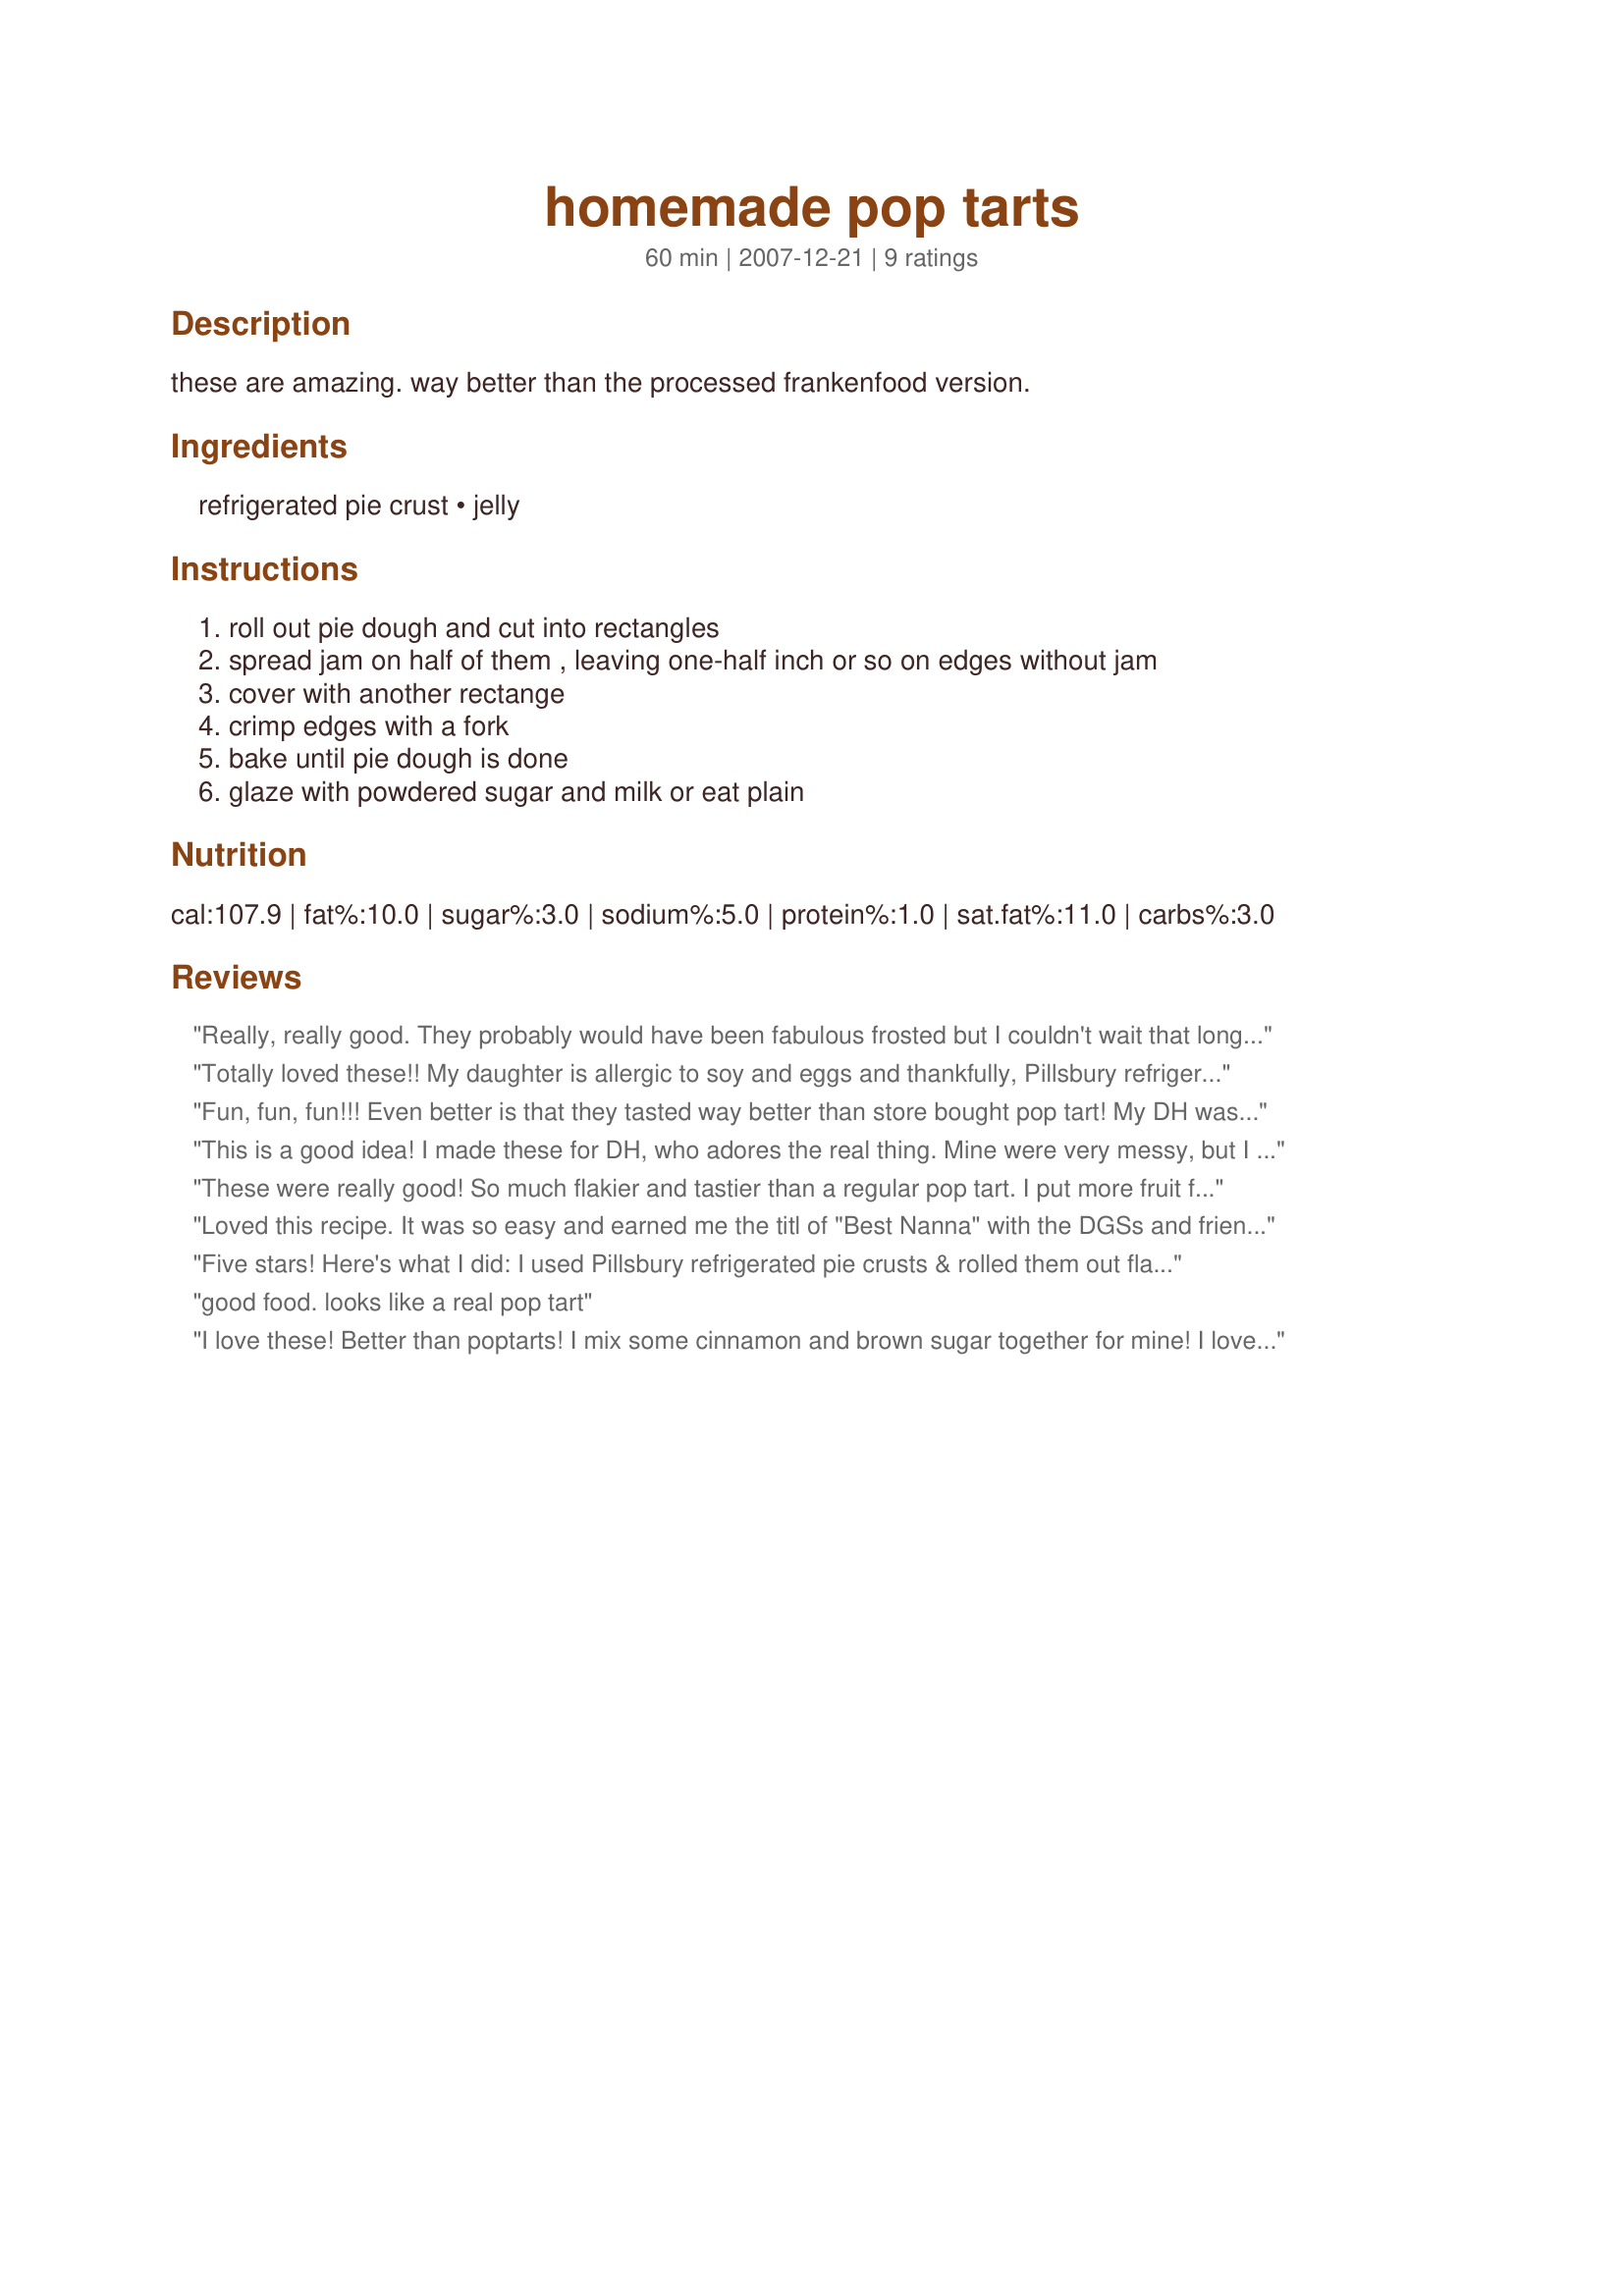
homemade pop tarts
Preparation time: 60 minutes

these are amazing. way better than the processed frankenfood version.

Ingredients:
refrigerated pie crust, jelly

Steps:
roll out pie dough and cut into rectangles, spread jam on half of them , leaving one-half inch or so on edges without jam, cover with another rectange, crimp edges with a fork, bake until pie dough is done, glaze with powdered sugar and milk or eat plain

Reviews:
Really, really good. They probably would have been fabulous frosted but I couldn't wait that long this time. I used the "Most Incredible No Fail Pie Crust" recipe off this site. Thanks so much for sharing!
Totally loved these!! My daughter is allergic to soy and eggs and thankfully, Pillsbury refrigerated pie crust is safe to eat! We used Conchito guava preserves. So good...thanks for posting!!
Fun, fun, fun!!! Even better is that they tasted way better than store bought pop tart! My DH was so impressed! I used strawberry jam, baked at 425 for about 12 mins, brushed with powdered sugar glaze that included a couple drops of almond extract and then finished with colorful sprinkles. They looked adorable! Thanks for the delicious, easy, quick keeper recipe!
This is a good idea! I made these for DH, who adores the real thing. Mine were very messy, but I chalk that up to user error since I had trouble rolling the crust. I used low sugar preserves (not frankensugar, just reduced sugar). It would have been nice to have an approximate amount of jam in the recipe. They must be yummy, because even though mine came out mangled I couldn't toss them :). ETA: DH just came home and tried these, and he is a fan. He says they are surprisingly like the real thing :).
These were really good! So much flakier and tastier than a regular pop tart. I put more fruit filling in them, too. I frosted them with a basic glaze and they were a big hit. I will be trying some variations for sure! Thanks!
Loved this recipe. It was so easy and earned me the titl of "Best Nanna" with the DGSs and friend who is visiting. They loved the taste and I loved knowing what was in it. So easy using refrigerated pie crusts and then I followed ZeeCooks idea of melting prepared frosting to use as the glaze and topping with sprinkles. Easy and looked great. Thanks so much for posting.
Five stars! Here's what I did: I used Pillsbury refrigerated pie crusts & rolled them out flatter, and trimmed them so I got six 3x5 rectangles out of each pie crust (so 12 rectangles = 6 poptarts). I spread 1 generous teaspoon of strawberry jam on half of them and topped with the other half. Crimped edges & pricked top with fork. Baked at 450 for 8 minutes. I melted some cake frosting and glazed them and used sprinkles too. Family loved them--better than the storebought, they said!
good food. looks like a real pop tart
I love these! Better than poptarts! I mix some cinnamon and brown sugar together for mine! I love that kind! What a great recipe, fun! Thank you!
